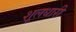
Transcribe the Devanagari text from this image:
शूलधारी